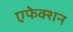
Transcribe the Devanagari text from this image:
एफेक्शन